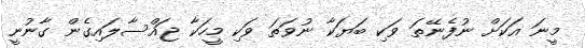
މީނަ އަކަށް ނުފެނޭތަ ވަކި ބަޔަކާ ނުވަތަ ވަކި މީހަކާ ޖައްސާލައިގެން ގާނުނީ